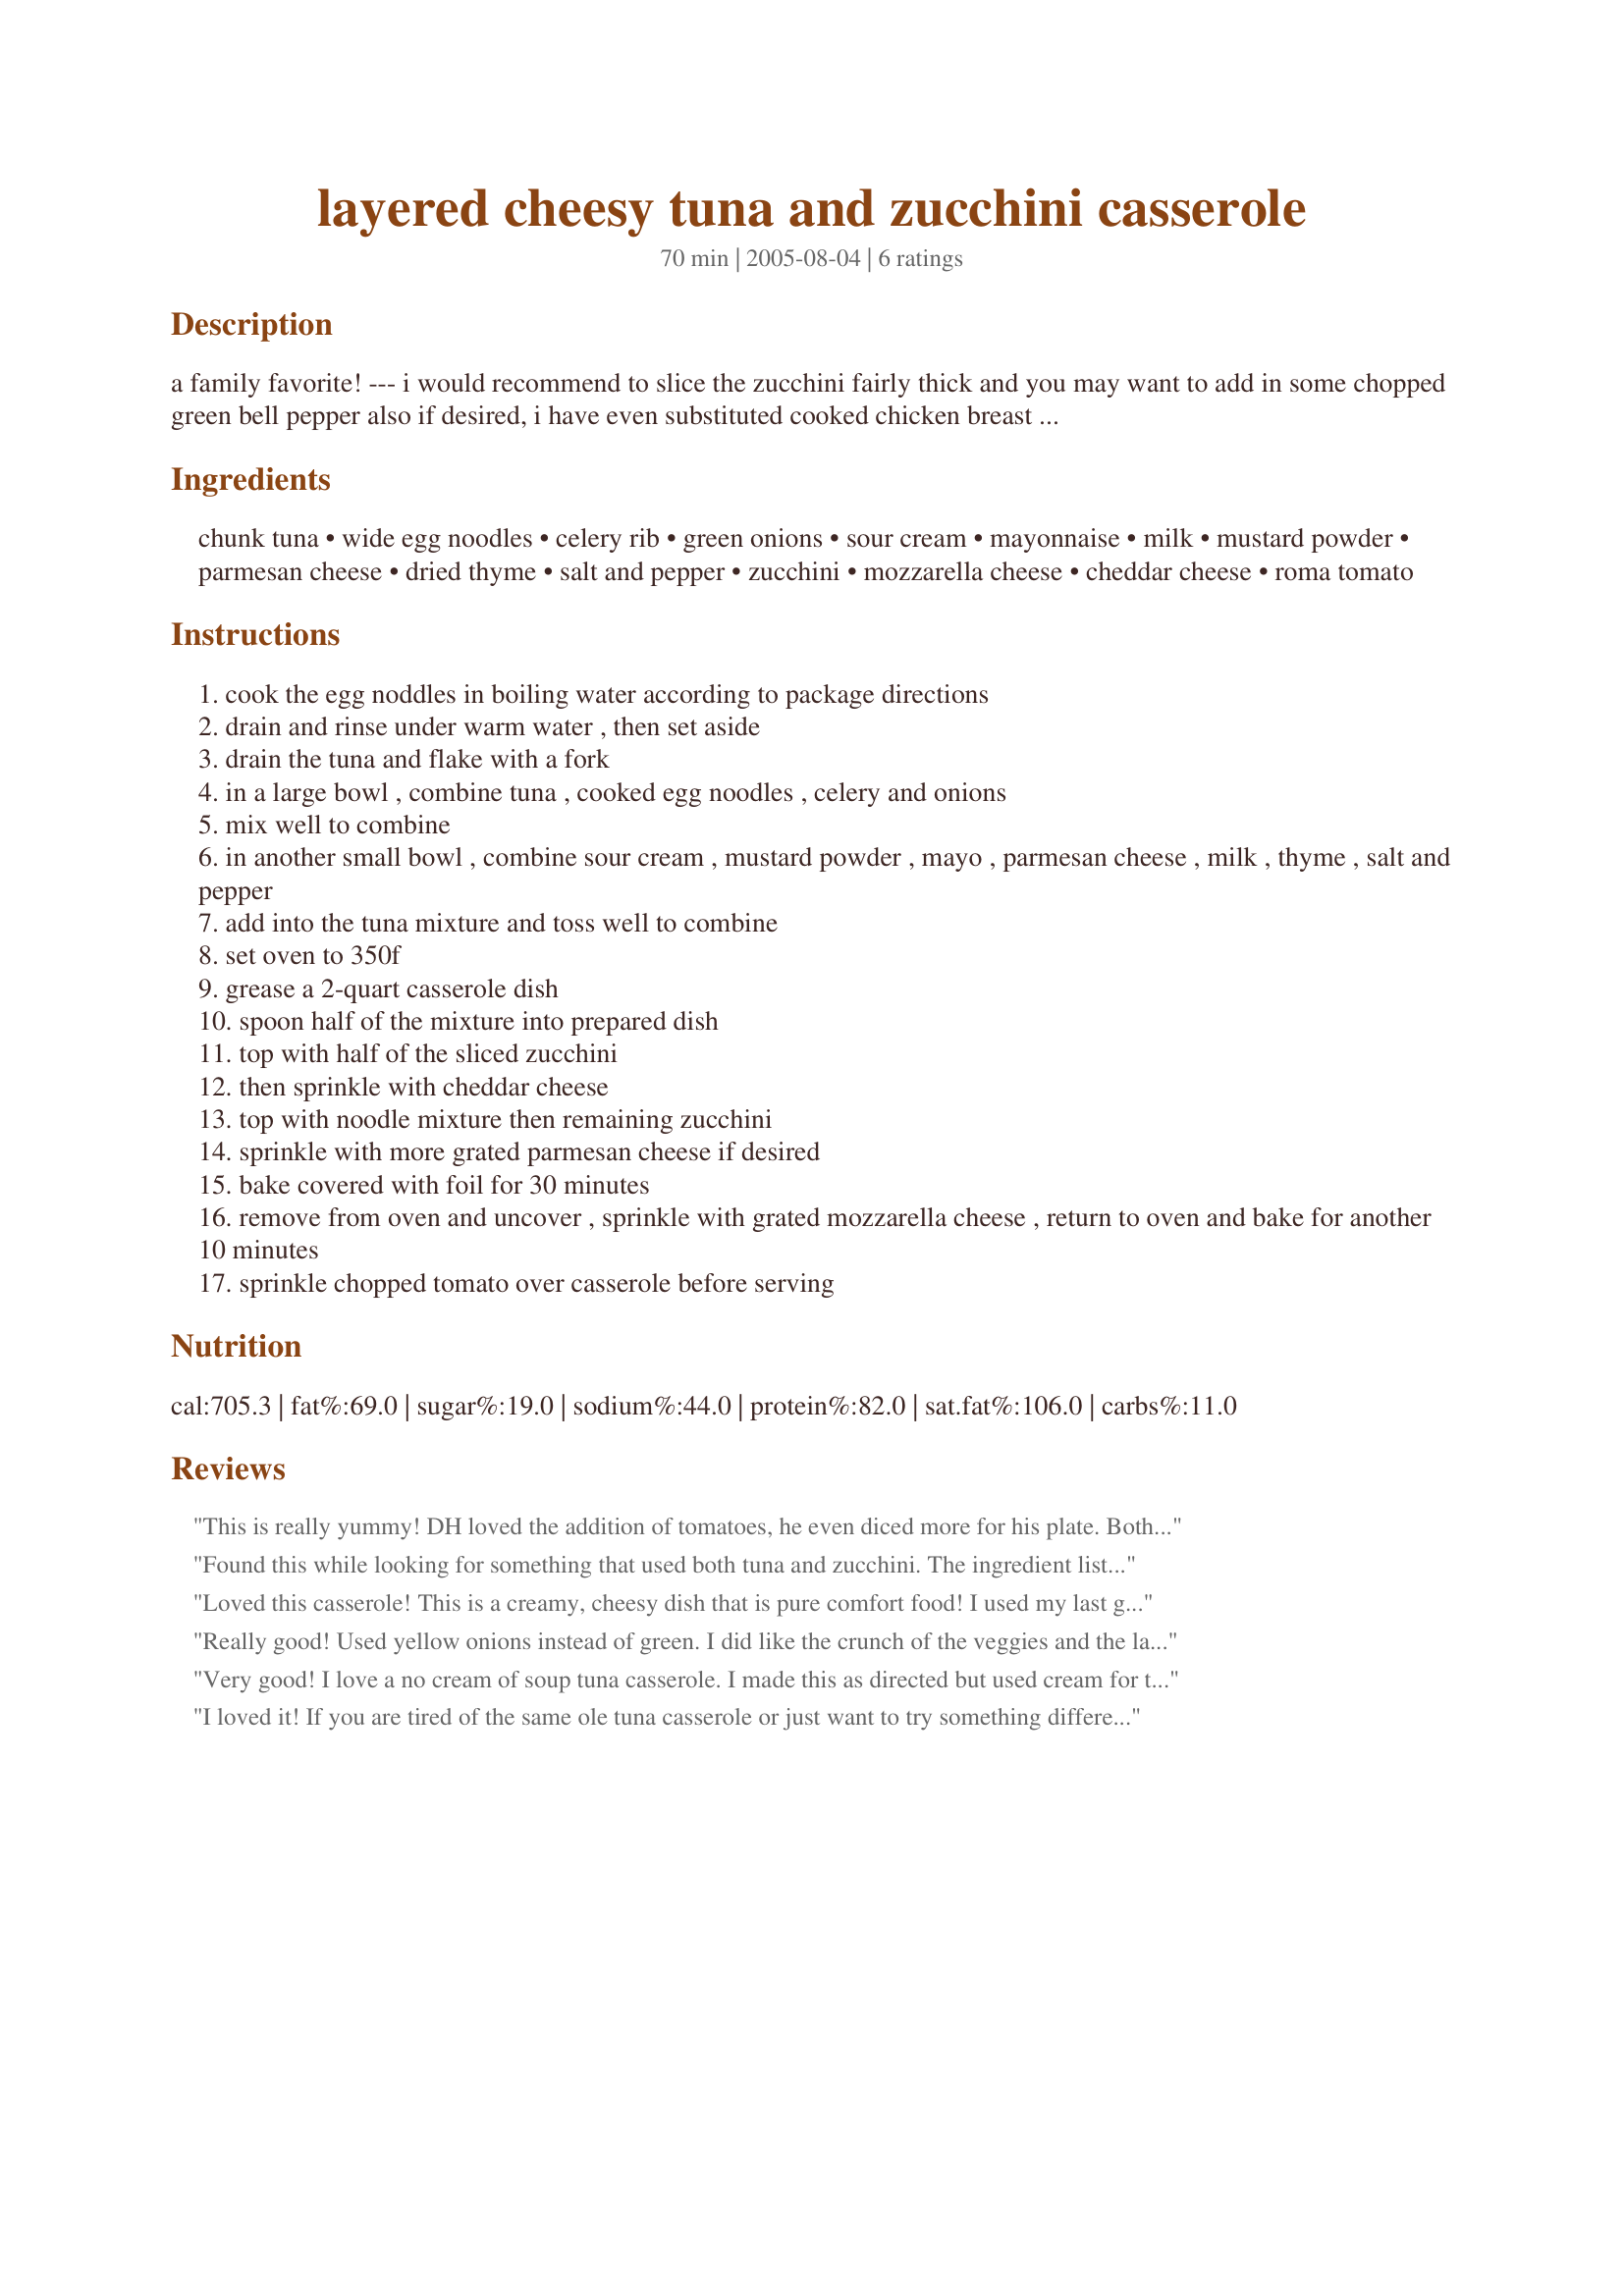
layered cheesy tuna and zucchini casserole
Preparation time: 70 minutes

a family favorite! --- i would recommend to slice the zucchini fairly thick and you may want to add in some chopped green bell pepper also if desired, i have even substituted cooked chicken breast in place of tuna with great success, i like to combine both mozzarella and cheddar cheeses but of coarse one or the other may be used, i also add in 1 teaspoon garlic powder to the sour cream mixture.

Ingredients:
chunk tuna, wide egg noodles, celery rib, green onions, sour cream, mayonnaise, milk, mustard powder, parmesan cheese, dried thyme, salt and pepper, zucchini, mozzarella cheese, cheddar cheese, roma tomato

Steps:
cook the egg noddles in boiling water according to package directions
drain and rinse under warm water , then set aside
drain the tuna and flake with a fork
in a large bowl , combine tuna , cooked egg noodles , celery and onions
mix well to combine
in another small bowl , combine sour cream , mustard powder , mayo , parmesan cheese , milk , thyme , salt and pepper
add into the tuna mixture and toss well to combine
set oven to 350f
grease a 2-quart casserole dish
spoon half of the mixture into prepared dish
top with half of the sliced zucchini
then sprinkle with cheddar cheese
top with noodle mixture then remaining zucchini
sprinkle with more grated parmesan cheese if desired
bake covered with foil for 30 minutes
remove from oven and uncover , sprinkle with grated mozzarella cheese , return to oven and bake for another 10 minutes
sprinkle chopped tomato over casserole before serving

Reviews:
This is really yummy! DH loved the addition of tomatoes, he even diced more for his plate. Both kids ate their entire serving, including zucchini, with no cajoling!
The only change I made was to use penne pasta, as that's all I had. For my personal preference, next time I think I'd sautee the celery and onion for a minute or two to soften them up a little more, as they still had a little bite in them. I halved the recipe, and we still have plenty of leftovers - thanks, Kit, for a great one!
Found this while looking for something that used both tuna and zucchini. The ingredient list isn't full of weird things, and instead of using cream of celery soup, you pretty much make your own with the celery, sour cream, mayo and milk. This recipe did make plenty, but it will be great for leftovers. It is the best tuna casserole recipe I have made. We didn't use 4 cups of cheese, maybe 3 at most. Also left out the green onions and forgot about the tomatoes. But my kids loved it and it was easy enough to make, so I think we will see it again.
Loved this casserole! This is a creamy, cheesy dish that is pure comfort food! I used my last garden yellow squash in place of zucchini. And took Kitt's advise and added the garlic powder. Just delicious! Thanks Kitt! As usual a winner at my house!
Really good! Used yellow onions instead of green. I did like the crunch of the veggies and the lack of cream soup. Also, I used greek yogurt instead of sour cream.
Very good! I love a no cream of soup tuna casserole. I made this as directed but used cream for the milk and used the seasoned salt and garlic powder options. It might be because I'm pregnant but I think I prefer my tuna casseroles just with peas and onion...I wasn't loving the crunchy celery and zucchini flavors. Made for 1-2-3 hit wonders tag game.
I loved it! If you are tired of the same ole tuna casserole or just want to try something different then you need to try this. It is very rich and delicious, the addition of zucchini is great, I could put more in it. A very nice blend of flavors. I used a deep casserole dish (pictured), so I did have to cook a bit longer to get the middle done, I used a meat thermometer to test, thanks Kitten, you outdid yourself again!
